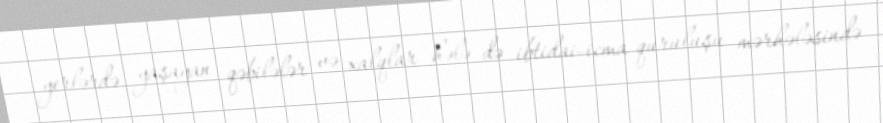
yerlərdə yaşayan qəbilələr və xalqlar hələ də ibtidai-icma quruluşu mərhələsində